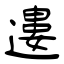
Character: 遱